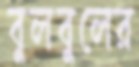
বুলবুলের